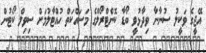
އޭޖީގެ ވަކީލު ސުނާނާ ވިދާޅުވީ ބޯޑާ ކޮންޓްރޯލްގެ މަސައްކަތް ހުއްޓާލުމަށް ސިވިލް ކޯޓުން